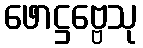
ဖောဋ္ဌဗ္ဗေသု